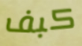
كبف